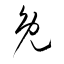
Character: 兔